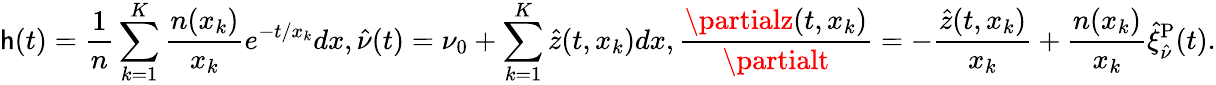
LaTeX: \mathsf{h}(t)=\frac{{1}}{{n}}\sum_{k=1}^{K}\frac{{n(x_{k})}}{{x_{k}}}e^{-t/x_{k}}dx,\hat{{\nu}}(t)=\nu_{0}+\sum_{k=1}^{K}\hat{{z}}(t,x_{k})dx,\frac{{\partialz(t,x_{k})}}{{\partialt}}=-\frac{{\hat{{z}}(t,x_{k})}}{{x_{k}}}+\frac{{n(x_{k})}}{{x_{k}}}\hat{{\xi}}_{\hat{{\nu}}}^{\mathrm{{P}}}(t).